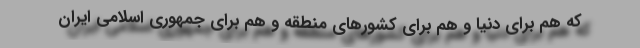
که هم برای دنیا و هم برای کشورهای منطقه و هم برای جمهوری اسلامی ایران